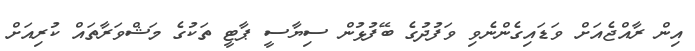
އިން ރާއްޖެއަށް ވަޑައިގެންނެވި ވަފުދުގެ ބޭފުޅުން ސިޔާސީ ޕާޓީ ތަކުގެ މަޝްވަރާތައް ކުރިއަށް